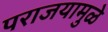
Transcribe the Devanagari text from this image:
पराजयामुळे